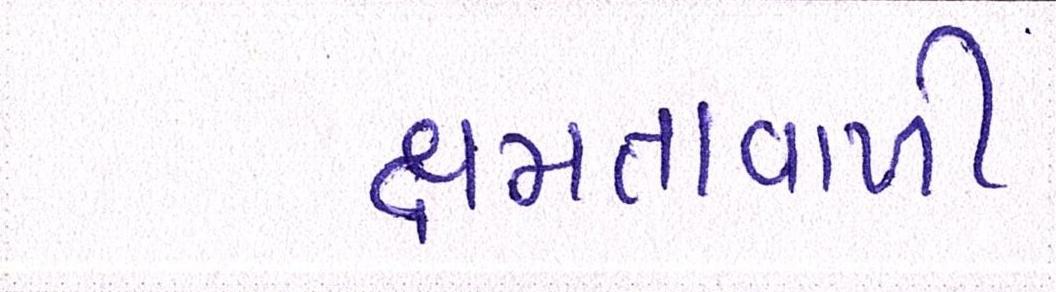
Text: ક્ષમતાવાળી